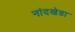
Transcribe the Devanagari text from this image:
नांदखेडा